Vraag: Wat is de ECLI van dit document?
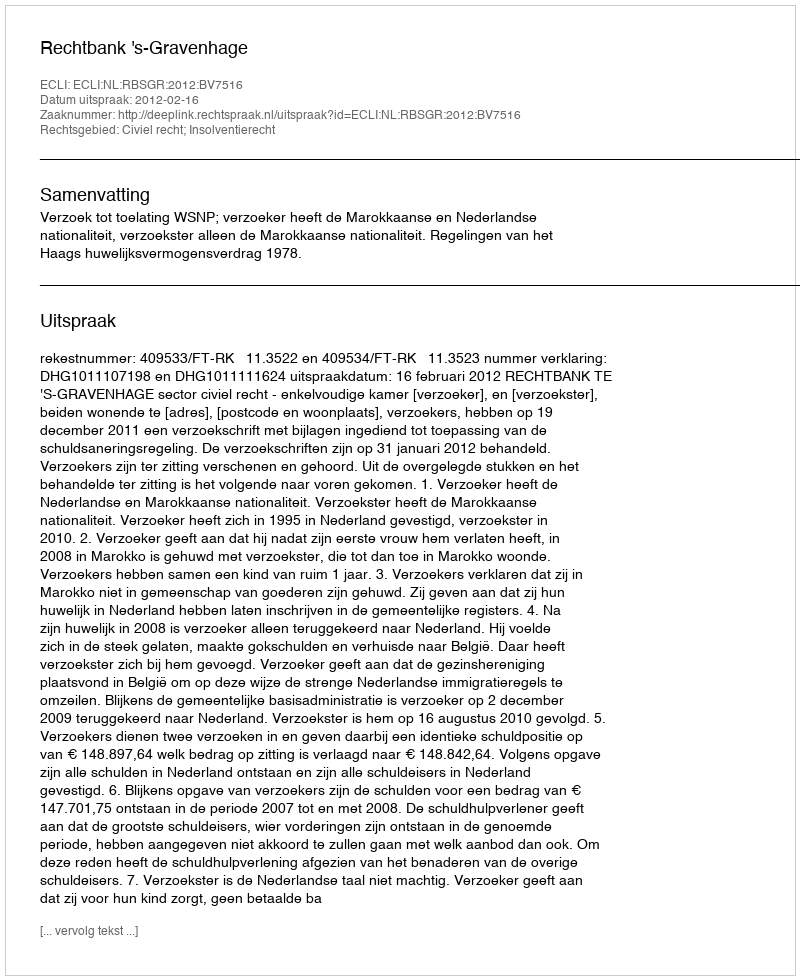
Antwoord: ECLI:NL:RBSGR:2012:BV7516